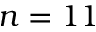
n = 1 1